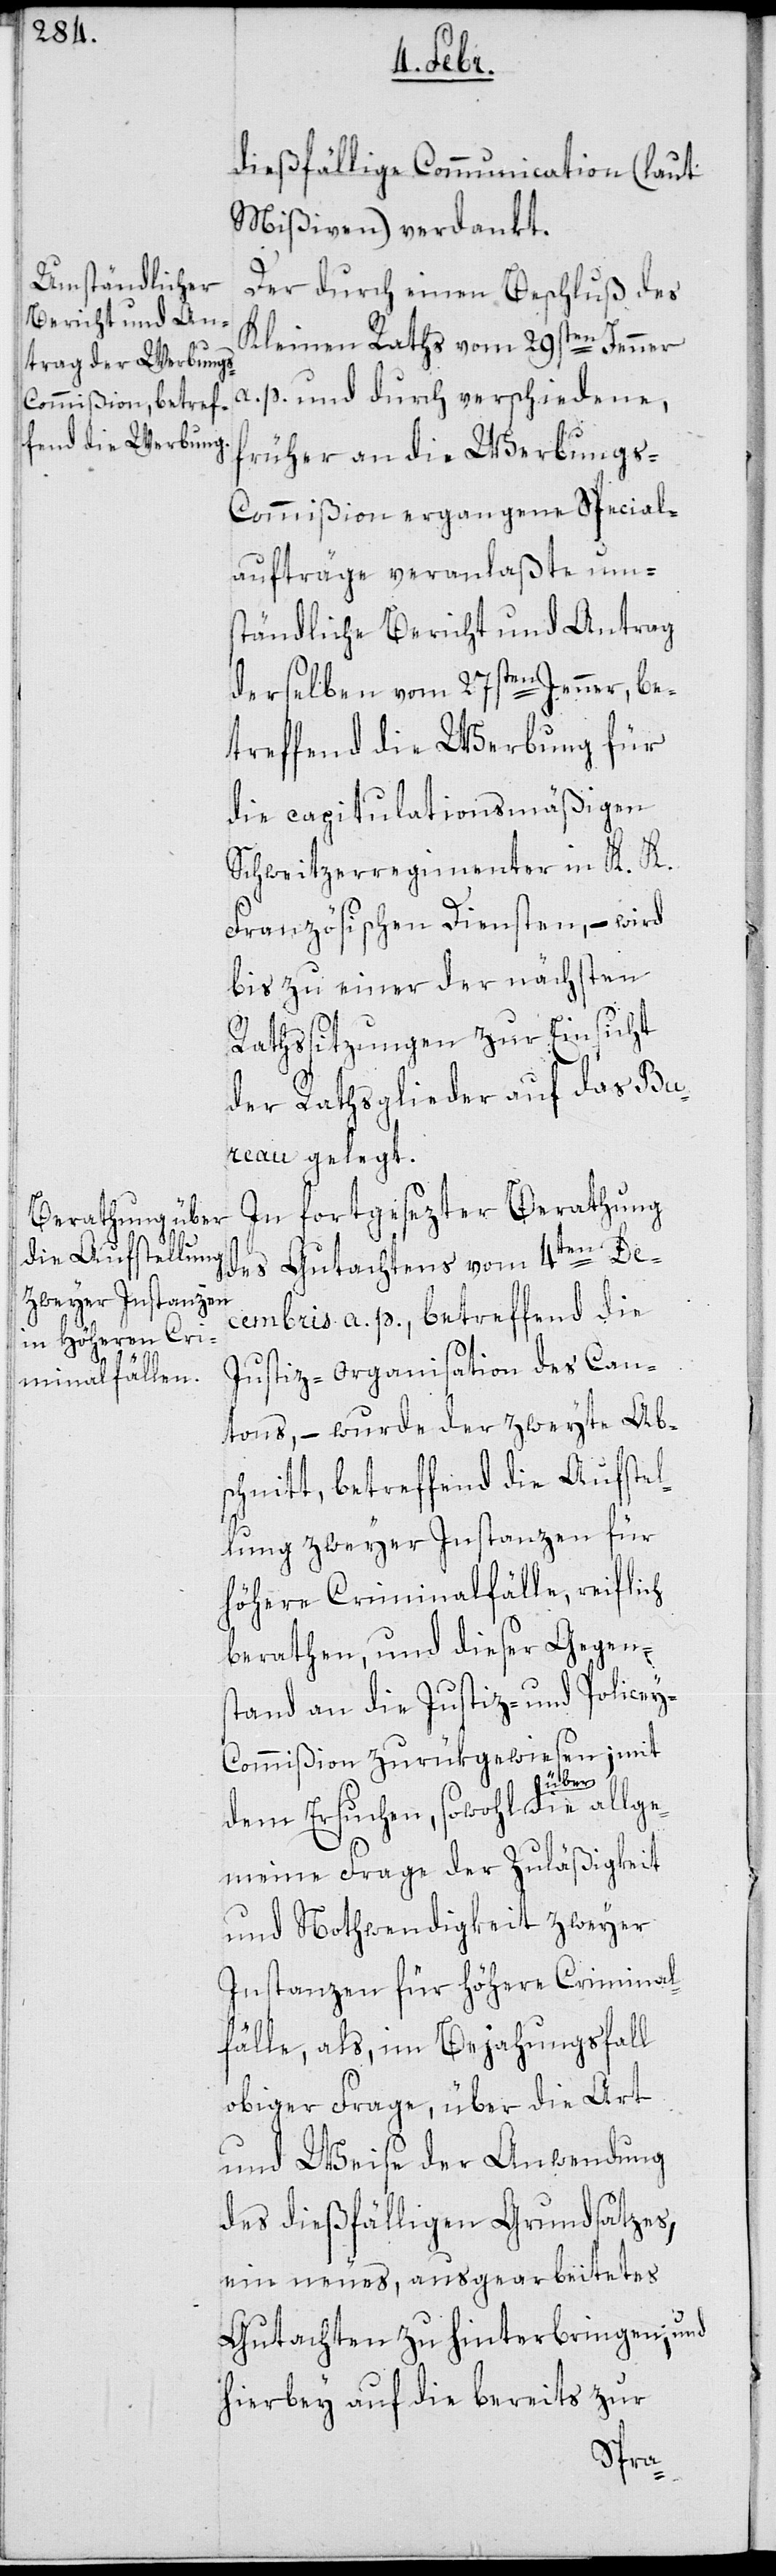
dießfällige Communication (laut
Mißiven) verdankt.
Der durch einen Beschluß des
Kleinen Raths vom 29sten Jenner
a. p. und durch verschiedene,
früher an die Werbung¬
s-Commißion ergangene Special¬
aufträge veranlaßte um¬
ständliche Bericht und Antrag
derselben vom 27sten Jenner, be¬
treffend die Werbung für
die capitulationsmäßigen
Schweitzerregimenter in K. K.
Französischen Diensten, – wird
bis zu einer der nächsten
Rathssitzungen zur Einsicht
der Rathsglieder auf das Bur¬
eau gelegt.
In fortgesezter Berathung
des Gutachtens vom 4ten De¬
cembris a. p., betreffend die
ge¬
Justiz-Organisation des Can¬
tons, – wurde der zweyte Ab¬
schnitt betreffend die Aufstel¬
lung zweyer Instanzen für
höhere Criminalfälle, reiflich
berathen, und dieser Gegens¬
tand an die Justiz- und Polize¬
y-Commißion zurükgewiesen; mit
dem Ersuchen, sowohl über die
meine Frage der Zuläßigkeit
und Nothwendigkeit zweyer
Instanzen für höhere Criminal¬
fälle, als im Bejahungsfall
obiger Frage, über die Art
und Weise der Anwendung
des dießfälligen Grundsatzes,
ein neues, ausgearbeitetes
Gutachten zu hinterbringen, und
hierbey auf die bereits zur